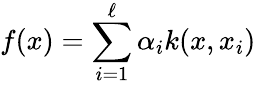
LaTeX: f(x)=\sum_{i=1}^{\ell}\alpha_{i}k(x,x_{i})